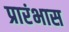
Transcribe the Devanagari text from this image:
प्रारंभास